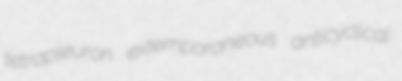
tetrapleuron extemporaneous anticyclical